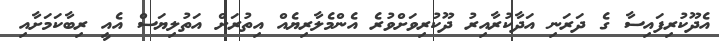
އެދޫކުރިފައިސާ ގެ ދަރަނި އަދާކުރާއިރު ދޫކުރިވަށްވުރެ އެންމެލާރިޔެއް އިތުރަށް އަތުލިޔަސް އެއީ ރިބާކަމަށާއި